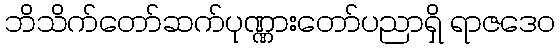
ဘိသိက်တော်ဆက်ပုဏ္ဏားတော်ပညာရှိ ရာဇဒေဝ